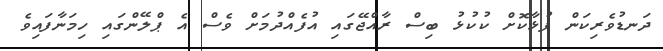
ދަނޑުވެރިކަން ފުޅާކޮށް ކުކުޅު ބިސް ރާއްޖޭގައި އުފެއްދުމަށް ވެސް އެ ޕްލޭންގައި ހިމަނާފައިވެ